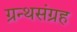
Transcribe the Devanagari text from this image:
ग्रन्थसंग्रह